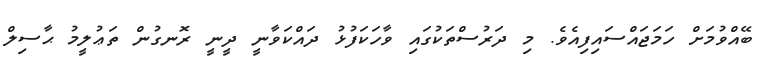
ބޭއްވުމަށް ހަމަޖައްސައިފިއެވެ. މި ދަރުސްތަކުގައި ވާހަކަފުޅު ދައްކަވާނީ ދީނީ ރޮނގުން ތަޢުލީމު ޙާސިލް